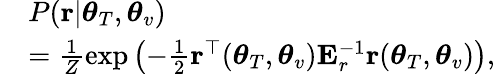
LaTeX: \begin{array}{rl}&{P({\mathbf r}|\boldsymbol{\theta}_{T},\boldsymbol{\theta}_{v})}\\ &{=\frac{1}{Z}\exp\left(-\frac{1}{2}{\mathbf r}^{\top}(\boldsymbol{\theta}_{T},\boldsymbol{\theta}_{v}){\mathbf E}_{r}^{-1}{\mathbf r}(\boldsymbol{\theta}_{T},\boldsymbol{\theta}_{v})\right),}\end{array}